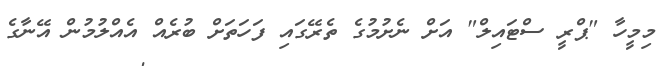
މިމީހާ "ޕްރީ ސްޓައިލް" އަށް ނެށުމުގެ ތެރޭގައި ފަހަތަށް ބުރެއް އެއްލުމުން އޭނާގެ